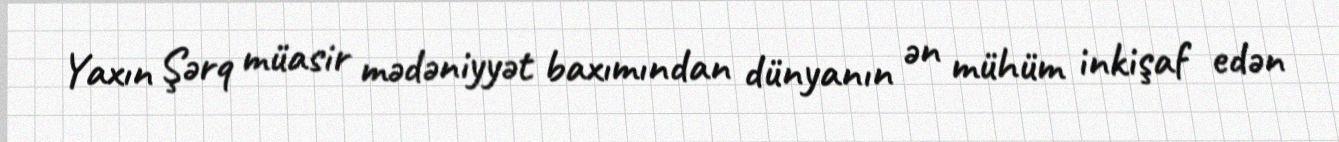
Yaxın Şərq müasir mədəniyyət baxımından dünyanın ən mühüm inkişaf edən